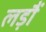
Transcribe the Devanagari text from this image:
लड़ौं